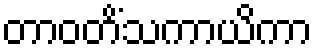
တာဝတိံသကာယိကာ